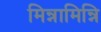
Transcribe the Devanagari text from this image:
मिन्नामिन्नि